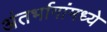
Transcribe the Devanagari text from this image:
अंतर्भागांमध्ये